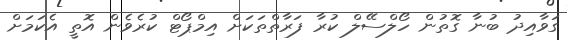
ގަވާއިދު ބުނާ ގޮތުން ހޯލްސޭލް ކުރާ ފަރާތްތަކަށް އިމްޕޯޓް ކުރެވެން އޮތީ އެކަމަށް